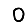
Digit: 0